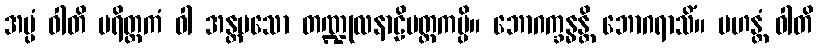
အပ္ပံ ဝါတိ ပရိတ္တကံ ဝါ အန္တမသော တဏ္ဍုလနာဠိမတ္တကမ္ပိ။ ဘောဂက္ခန္ဓန္တိ ဘောဂရာသိံ။ မဟန္တံ ဝါတိ